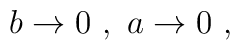
b \rightarrow 0 \  , \  a \rightarrow 0  \ ,